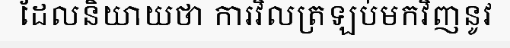
ដែលនិយាយថា ការវិលត្រឡប់មកវិញនូវ